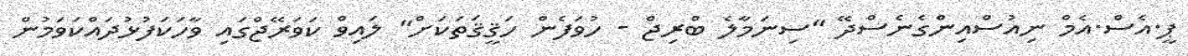
ޕީ.އެސް.އެމް ނިއުސްއިންގެނެސްދޭ "ސިނަމާލެ ބްރިޖް - ހުވަފެން ހަޤީޤަތަކަށް" ލައިވް ކަވަރޭޖްގައި ވާހަކަފުޅުދައްކަވަމުން